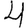
Digit: 4